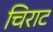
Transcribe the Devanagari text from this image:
चिराट